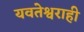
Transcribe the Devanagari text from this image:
यवतेश्वराही